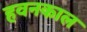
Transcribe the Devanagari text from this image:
हवनकाल